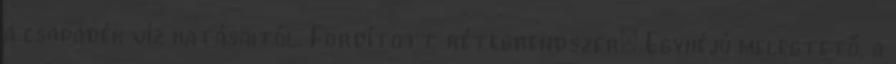
a csapadék víz hatásaitól. Fordított rétegrendszer: Egyhéjú melegtető, a